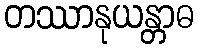
တဿာနုယန္တာဓ